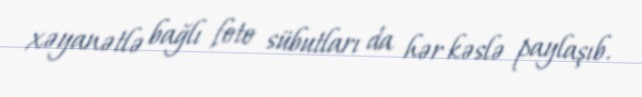
xəyanətlə bağlı foto sübutları da hər kəslə paylaşıb.